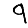
Digit: 9